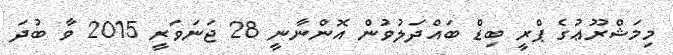
މިމަޝްރޫޢުގެ ޕްރީ ބިޑް ބައްދަލުވުން އޮންނާނީ 28 ޖަނަވަރީ 2015 ވާ ބުދަ